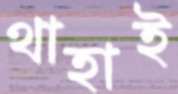
থাহাই